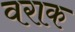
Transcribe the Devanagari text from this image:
वराक